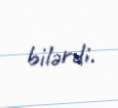
bilərdi.